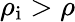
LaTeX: \rho_{\mathrm{i}}>\rho